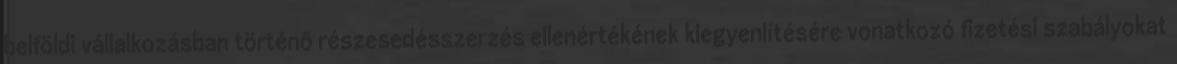
belföldi vállalkozásban történő részesedésszerzés ellenértékének kiegyenlítésére vonatkozó fizetési szabályokat